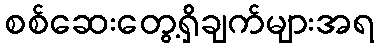
စစ်ဆေးတွေ့ရှိချက်များအရ